Civil Veterinary Dept. North-West Frontier Province 1923-32 - 1923-1932
Year: 1923
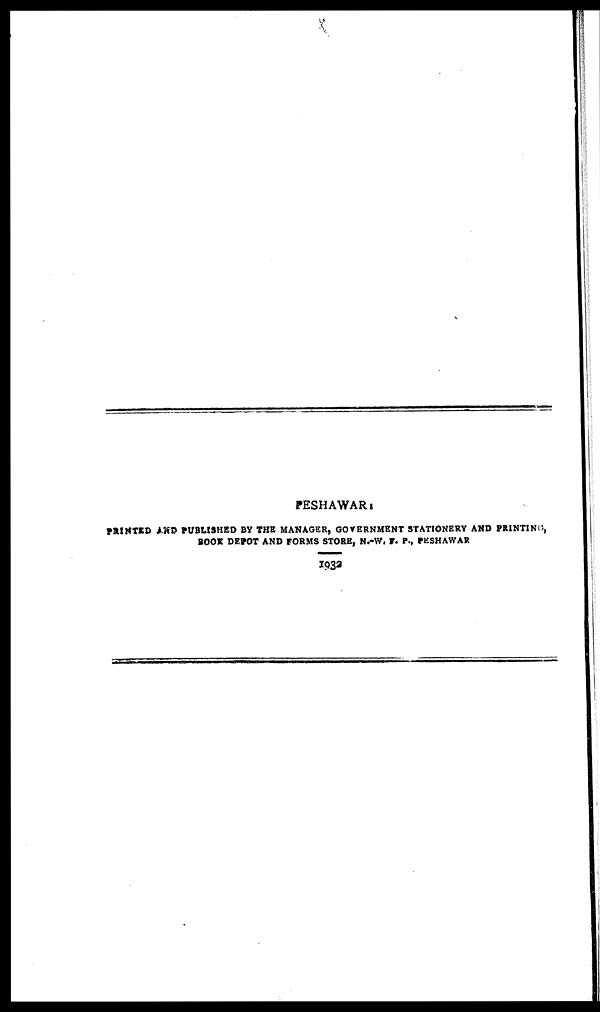
PESHAWAR
PRINTED AND PUBLISHED BY THE MANAGER, GOVERNMENT STATIONERY AND PRINTING,
BOOK DEPOT AND FORMS STORE, N.-W. F. P., PESHAWAR
1932